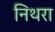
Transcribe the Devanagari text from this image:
निथरा